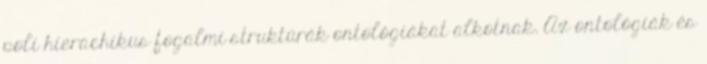
poli hierachikus fogalmi struktúrák ontológiákat alkotnak. Az ontológiák és